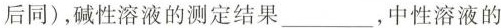
后同)，碱性溶液的测定结果___，中性溶液的